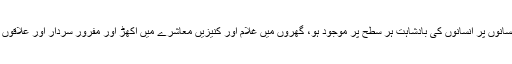
ایک ایسا معاشرہ جس میں انسانوں پر انسانوں کی بادشاہت ہر سطح پر موجود ہو، گھروں میں غلام اور کنیزیں معاشرے میں اکھڑ اور مفرور سردار اور علاقوں پر ظالم بادشاہ اور فرمانروا۔